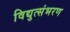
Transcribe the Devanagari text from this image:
विद्युत्संभरण